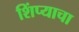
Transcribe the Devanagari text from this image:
शिंप्याचा